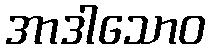
အာဒါသောဝ